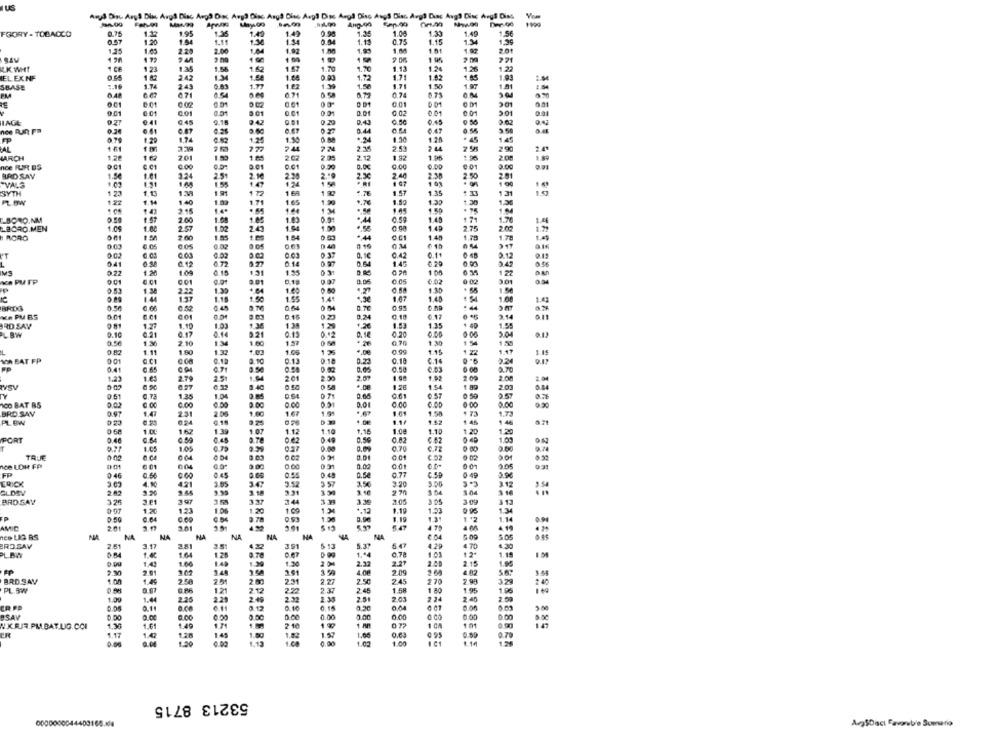
US
FGORY - TOBACCO
0.75
1.12
195
1.49
1.42
0.95
1.35
1.00
1.33
1.40
1.56
1.20
1.11
1:34
1.15
0.75
1.15
1.34
1,25
1.65
2.00
1.64
1.02
1.00
1.87
201
2 49
1.95
221
LK WHT
1.56
1.67
1.70
9.70
1.2%
1.5%
1 22
123
1.62
IEL EXNF
1 82
242
1.68
1.72
1 85
1.93
SBASE
1.74
24
0.83
1.77
1.39
1.50
1.71
1.50
1.97
1.01
PM
6.48
671
6.54
0.71
0.79
0.74
001
0 01
001
001
0.01
201
0.01
00
0.01
201
0.01
LAGE
9.27
0.41
0.45
9.18
0.29
0.43
0.50
0.45
0.24
0.61
0.80
0.4
9.50
a.
0.79
1.20
1.7
1.25
1.5
.. 24
1.20
45
145
161
7 24
2.3
2.53
2 44
25
2.90
201
2.05
1.92
1.9
20
MARCH
1.26
1.65
2.12
nce RUAR BS
CC1
0.5
0.01
0.00
0.0
0.00
0.00
001
0.91
BRD SAY
1.5€
1.01
32
2.51
2.1
2.3
2.10
2%
2.40
2.38
2.81
"VALS
1.41
1.58
1.47
1 58
1 00
SYTH
1 23
1.13
1 72
1 6
192
1.76
1.15
1 33
1.31
1.97
FEW
18
1.5g
1.30
1.22
1.14
1.40
1.71
1.6
1.99
1.30
1 43
2.15
1.4.
184
C_BORO.NM
0.50
1.57
2.00
1.00
1.03
0.91
0.59
1.4
171
1.7
14
LBORO.MEN
1.05
1.00
25
1.02
2.43
1.5
1.00
1.45
2.7
ACRO
1.50
2.60
1.85
1.84
*44
148
1.70
1.78
0.05
0.05
0.02
0 19
0.02
0.1€
0.4
0.11
0 48
2.12
0.13
0.41
0.12
6.72
9.27
0.07
0.6
1.45
0.29
0.03
24
MS
0.22
1.20
109
.15
1.31
155
122
122
Ke PM FP
0.01
9.97
0.00
0.0
6.02
0 02
3.01
0.53
138
1.30
+ 64
1e
0.80
0.5
15
2.22
1.07
1.44
157
1.18
9.90
1.55
1.41
1.48
1.08
1.41
BRIDG
0.66
9.76
004
0.95
KA PM BS
0.10
0.23
0.2
0.17
2.14
RD SAV
1.27
1.10
1.03
1.36
13
1.29
1.26
1.53
1.35
40
LAW
0.1
0.31
221
0.42
0.16
0.20
0.00
0.5€
1.36
2.10
1.34
1.60
1.57
+26
0 70
1 30
0.8
1.11
1 00
1.32
1.05
1 35
.. 00
0.99
1.15
1.15
NA BAT FP
0 01
0.CI
0.12
2.10
0.13
0.18
0.2
0.1
0.14
0.4
0.71
0.5€
0.02
0.58
0.03
2.70
1.23
2.79
25
2.01
2.00
1.00
1.92
2.40
0 58
1.28
1.54
2.03
50
TY
05
0.73
1.35
1.04
0 71
0.00
0.61
0.57
ICO BAT BS
0.00
0.00
6.50
3.00
00
0.00
0.00
00
0.90
BRD SAV
1.47
231
1.00
16.
1.61
1.50
1.73
PL.BW
9 0
0.18
4.00
1.52
45
1.00
162
1.39
1 07
1.12
1.10
1.16
1.08
1.1
20
1.20
1.20
1.00
1.00
PORT
0.46
0.64
0.59
0.45
0.50
C.62
1.05
10
0.70
0.72
TRUJE
6.CA
004
C 52
02
Ace LOH FP
6.01
0.00
0.02
0.01
2.05
FP
0.56
0.54
0.7
3.03
4.10
421
3.05
34
3.5
2.5
3.20
3.12
3 57
3.12
GLOSV
. 44
2.31
3.50
270
BRO SAY
32
3.61
39
337
3 44
3.3
705
3 05
3.09
313
1.20
123
1.06
1.20
1.00
1.34
+.12
9.19
1.53
1.34
0:50
6.04
0.54
3 78
1.19
1.12
1.14
AMIC
4 7)
4.18
NA
nee LIG RS
NA
NA
NA
NA
BROSAV
2.61
3.17
2.81
3.5
4.22
3.91
5.3
4.29
6.30
1.40
1.64
1.25
0.70
1.44
. 78
1.19
1.66
149
1.39
1.30
2.32
2.21
2.40
2.15
1.99
2.01
1,59
4.00
2.98
BRD.SAV
1.00
2.58
251
2 80
2.31
2.27
2.50
245
2 70
PL. BW
121
2.12
22
2.37
2.45
1.5
1.80
1.95
1.00
1.4
2.29
2.49
2.32
2.35
2.51
2.03
2 24
2.40
0.1
0.14
2888
-SAV
1.49
1.71
0.00
2 1
199
1 AI
1 CA
1.01
1.00
ER
1.17
1.28
1.45
1.80
1.02
1.57
1.00
0.79
0.00
1.02
1.00
4.14
53213 8715
0000000044403165.X4
Aug$Diaci Favorable Sumario